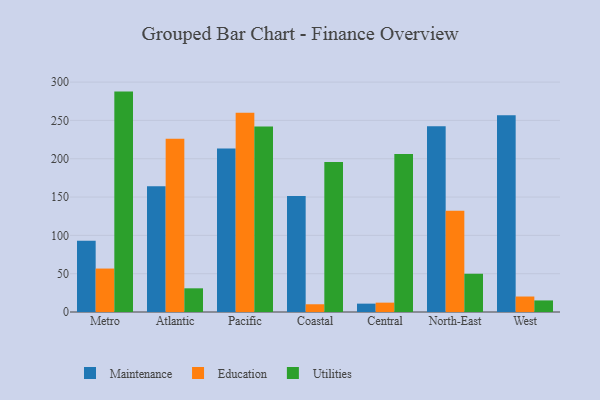
{"axis": {"x": "Region", "y": "Humidity (%)"}, "legend": ["Education", "Maintenance", "Utilities"], "data": [{"x": "Metro", "y": 93.1, "type": "Maintenance"}, {"x": "Metro", "y": 56.7, "type": "Education"}, {"x": "Metro", "y": 287.6, "type": "Utilities"}, {"x": "Atlantic", "y": 164.0, "type": "Maintenance"}, {"x": "Atlantic", "y": 226.0, "type": "Education"}, {"x": "Atlantic", "y": 30.9, "type": "Utilities"}, {"x": "Pacific", "y": 213.5, "type": "Maintenance"}, {"x": "Pacific", "y": 260.1, "type": "Education"}, {"x": "Pacific", "y": 242.2, "type": "Utilities"}, {"x": "Coastal", "y": 151.5, "type": "Maintenance"}, {"x": "Coastal", "y": 10.1, "type": "Education"}, {"x": "Coastal", "y": 195.6, "type": "Utilities"}, {"x": "Central", "y": 10.9, "type": "Maintenance"}, {"x": "Central", "y": 12.2, "type": "Education"}, {"x": "Central", "y": 206.3, "type": "Utilities"}, {"x": "North-East", "y": 242.4, "type": "Maintenance"}, {"x": "North-East", "y": 132.0, "type": "Education"}, {"x": "North-East", "y": 49.9, "type": "Utilities"}, {"x": "West", "y": 256.6, "type": "Maintenance"}, {"x": "West", "y": 20.2, "type": "Education"}, {"x": "West", "y": 15.1, "type": "Utilities"}]}